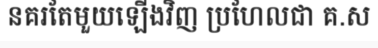
នគរតែមួយឡើងវិញ ប្រហែលជា គ.ស